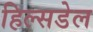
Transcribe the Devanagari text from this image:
हिल्सडेल